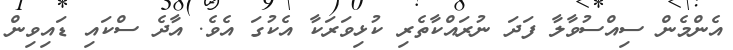
އެންމެން ސިއްސުވާލާ ފަދަ ނުރައްކާތެރި ކުޅިވަރަކާ އެކުގަ އެވެ. އާދެ ސްކައި ޑައިވިން